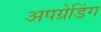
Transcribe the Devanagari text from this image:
अपग्रेडिंग